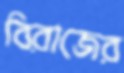
বিরাজের